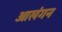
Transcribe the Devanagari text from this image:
आलंगन